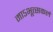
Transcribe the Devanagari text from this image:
माऽभूत्सकलं